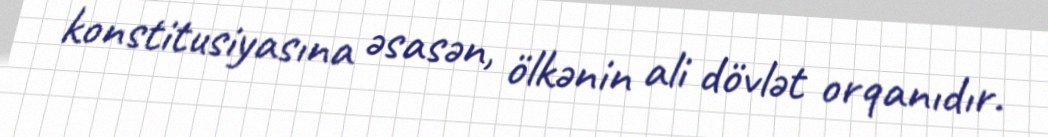
konstitusiyasına əsasən, ölkənin ali dövlət orqanıdır.